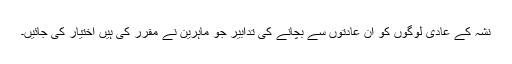
نشہ کے عادی لوگوں کو ان عادتوں سے بچانے کی تدابیر جو ماہرین نے مقرر کی ہیں اختیار کی جائیں۔